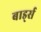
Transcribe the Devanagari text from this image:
बार्ड्स